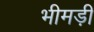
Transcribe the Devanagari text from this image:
भीमड़ी